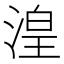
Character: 湟